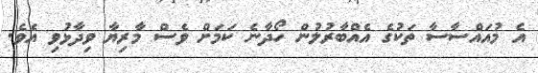
އެ މުއައްސާސާ ތަކުގެ އެއްބާރުލުން ހޯދާނެ ކަމަށް ވެސް މާރިޔާ ވިދާޅުވި އެވެ.